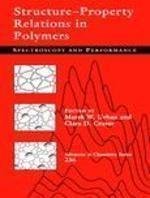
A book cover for Structure-Property Relations in Polymers: Spectroscopy and Performance (ACS Advances in Chemistry); Science & Math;